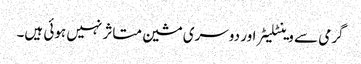
گرمی سے وینٹلیٹر اور دوسری مشین متاثر نہیں ہوئی ہیں۔